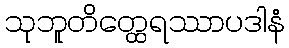
သုဘူတိတ္ထေရဿာပဒါနံ